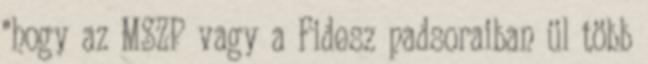
"hogy az MSZP vagy a Fidesz padsoraiban ül több